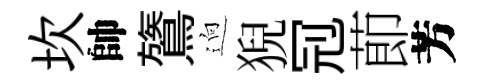
坎帥鷟逈猊𠜍莭芳